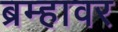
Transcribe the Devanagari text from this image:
ब्रम्हावर